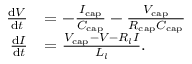
\begin{array} { r l } { \frac { \mathrm { d } V } { \mathrm { d } t } } & { = - \frac { I _ { \mathrm { c a p } } } { C _ { \mathrm { c a p } } } - \frac { V _ { \mathrm { c a p } } } { R _ { \mathrm { c a p } } C _ { \mathrm { c a p } } } } \\ { \frac { \mathrm { d } I } { \mathrm { d } t } } & { = \frac { V _ { \mathrm { c a p } } - V - R _ { l } I } { L _ { l } } . } \end{array}